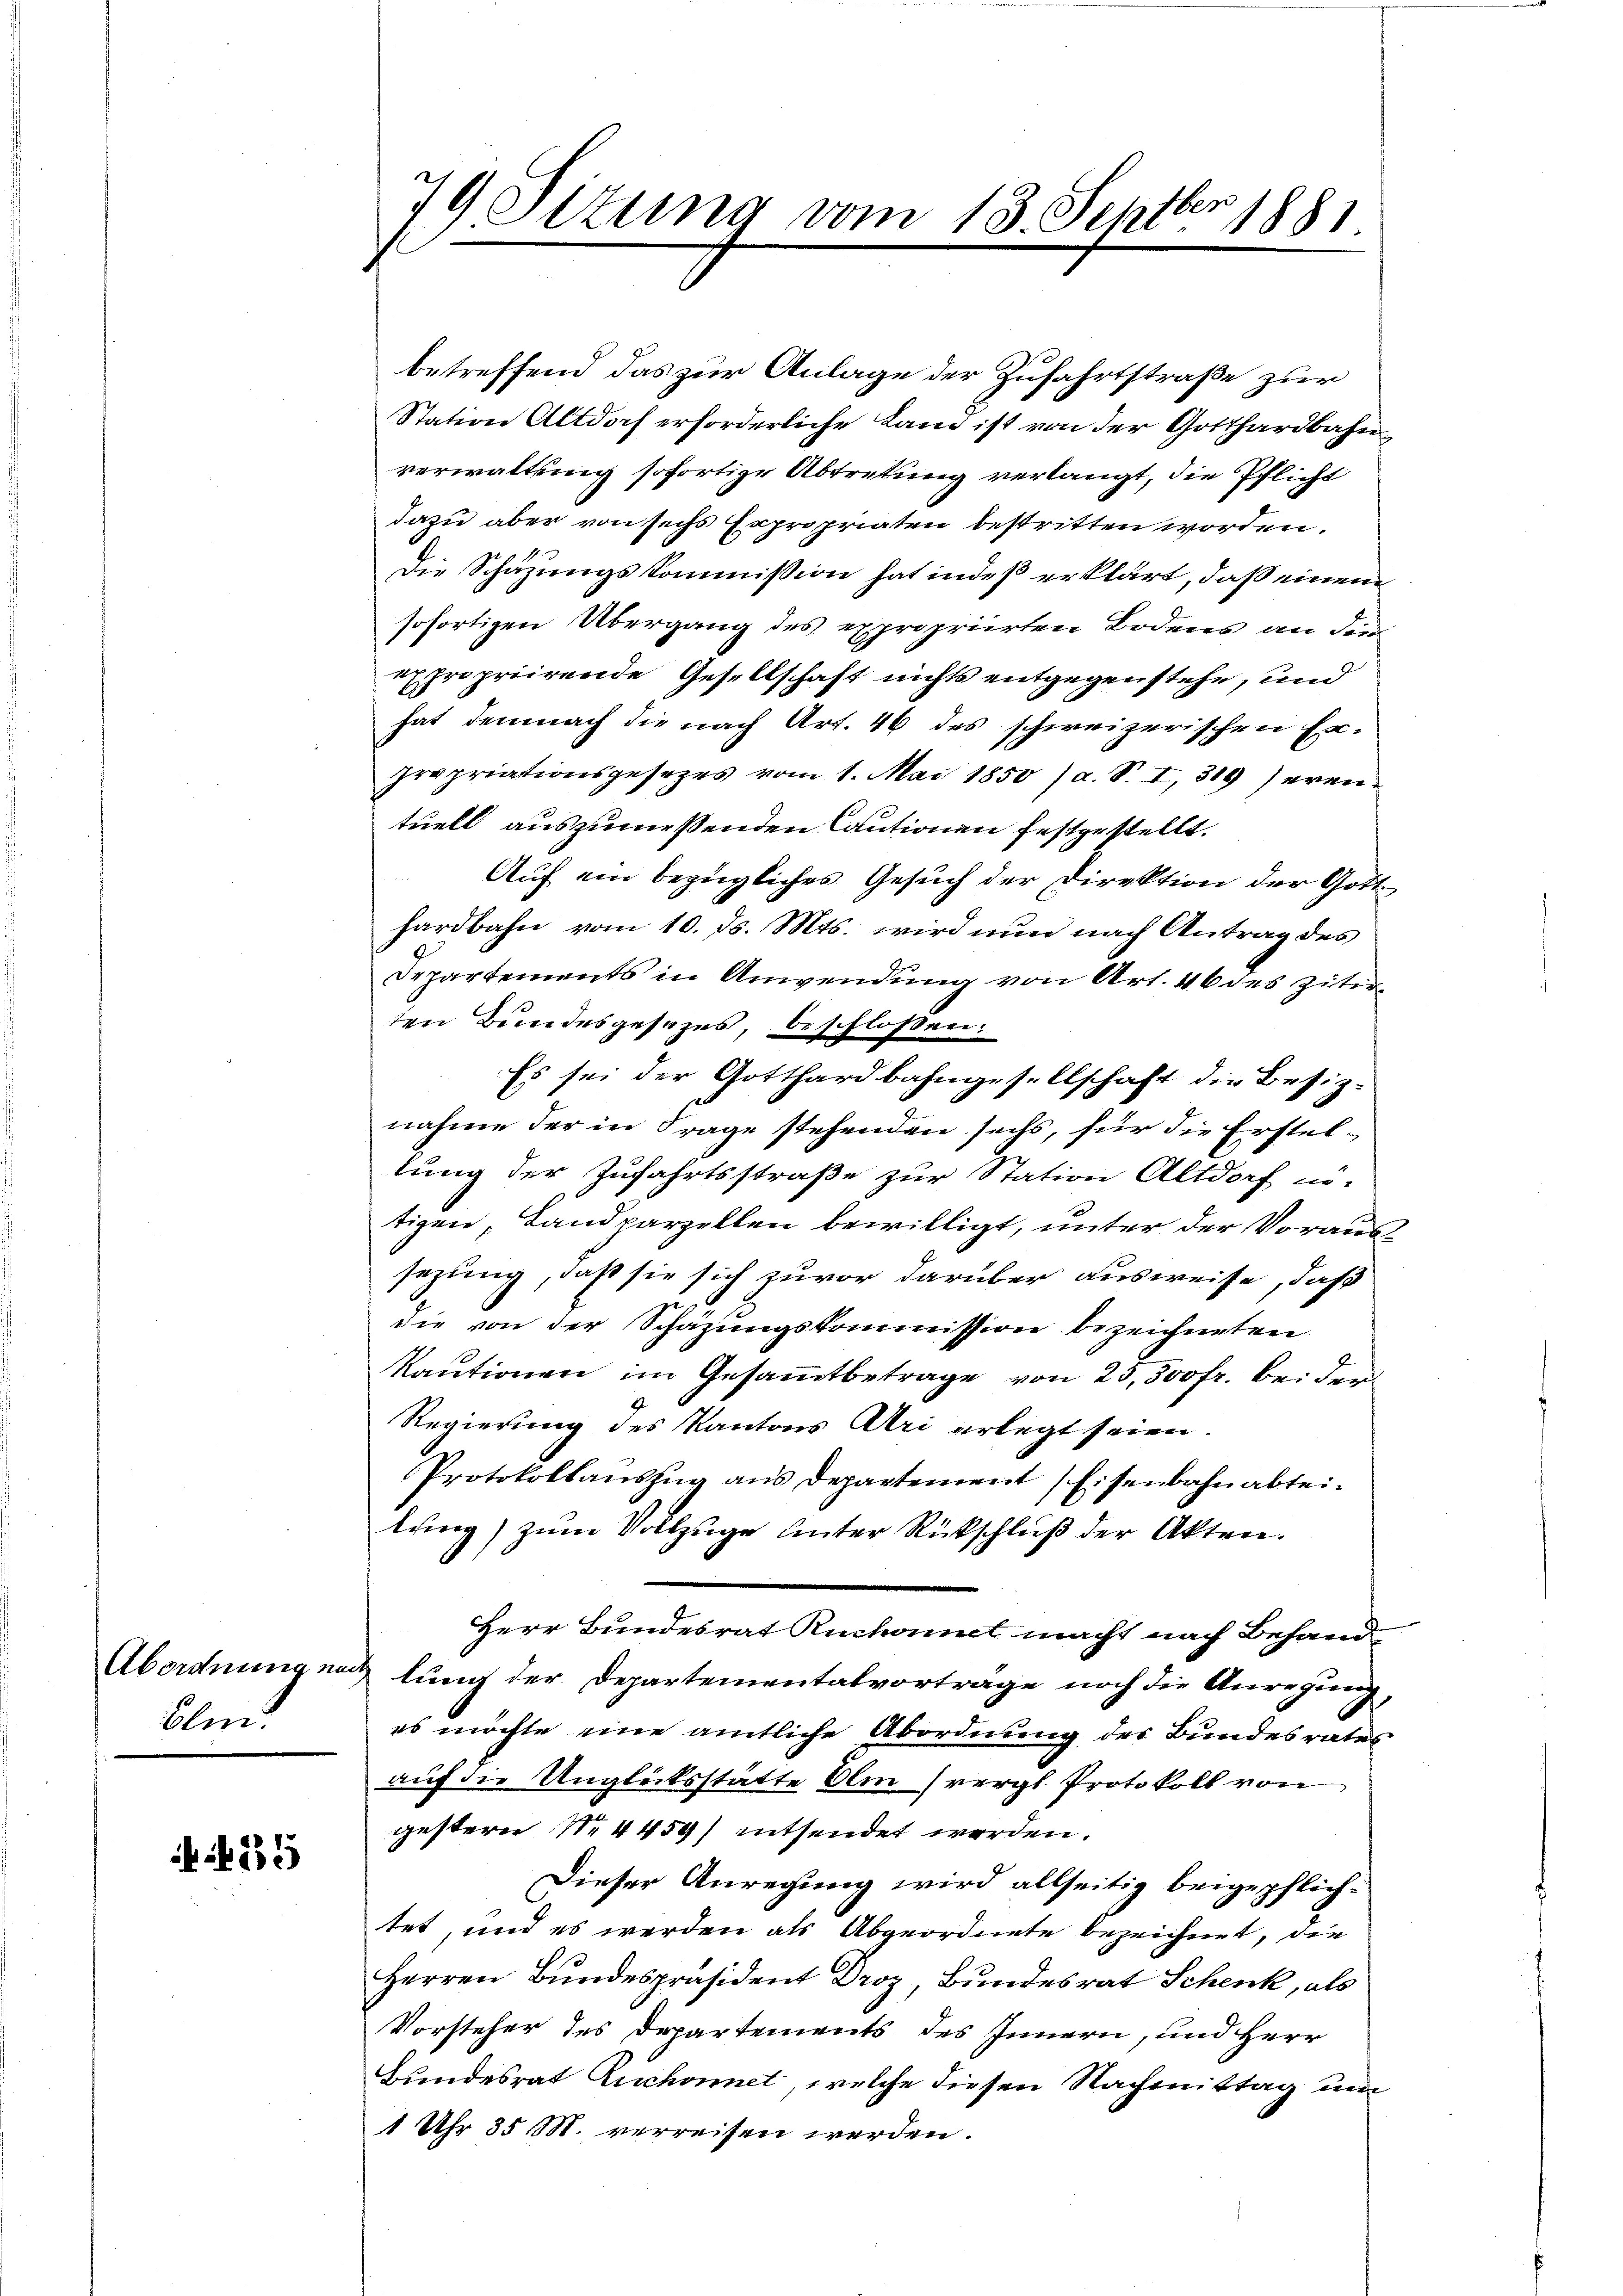
Olm.

55

79 Sizung vom 13. Septbr. 1881

betreffend das zur Anlage der Zufahrtstraße zur
Station Altdoch erforderliche Land ist von der Gotthardbahnverwaltung sofortige Abtretung verlangt, die Pflicht
dazu aber von sechs Expropriaten bestritten worden.
Die Schazungskommission hat indeß erklärt, daß einem
sofortigen Übergang des expropriirten Bodens an der
expropriirende Gesellschaft nichts entgegenstehe, und
hat demnach die nach Art. 46 des schweizerischen Ex-
propriationsgesezes vom 1. Mai 1850 / a. S. I,319/eren
tuell auszumeßenden Cautionen festgestellt.
Auf ein bezügliches Gesuch der Direktion der Gott-
hardbahn vom 10. ds. Mts. wird nun nach Antrag des
Departements in Anwendung von Art. 46 des zitir
ten Bundesgesezes, beschloßen:
Es sei der Gotthardbahngesellschaft die Besiznahme der in Frage stehenden sechs, für die Erstel-
lung der Zufahrtsstraße zur Station Altdorf nö-
tigen, Landparzellen bewilligt, unter der Voraussezung, daß sie sich zuvor darüber ausweise, daß
die von der Schazungskommission bezeichneten
Kautionen im Gesammtbetrage von 23,500 fr. bei der
Regierung des Kantons Uri erlegt seien.
Protokollauszug aus Departement, Eisenbahn abteilung) zum Vollzuge unter Rückschluß der Akten.
Herr Bundesrat Ruchonnet macht nach Behand
Abordnung nach lung der Departementalvorträge noch die Anregung,
es möchte eine amtliche Abordnung des Bundesrates
auf die Unglüksstatte Am (vergl. Protokoll von
gestern N. 4459) entsendet werden.
Dieser Anregung wird allseitig beigepflichtet, und es werden als Abgeordnete bezeichnet, die
Herren Bundespräsident Droz, Bundesrat Schenk, als
Vorsteher des Departements des Innern, und Herr
Bundesrat Ruchonnet, welche diesen Nachmittag um
1 Uhr 35 M. verreisen werden.